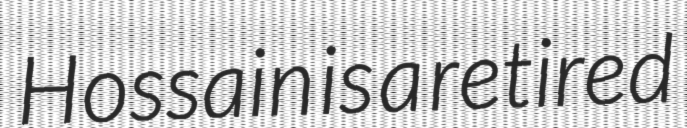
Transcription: Hossain is a retired